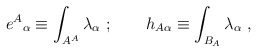
\begin{align*}{e^A}_\alpha \equiv \int_{A^A}\lambda_\alpha \ ;\qquad h_{A\alpha } \equiv\int_{B_A}\lambda_\alpha\ ,\end{align*}